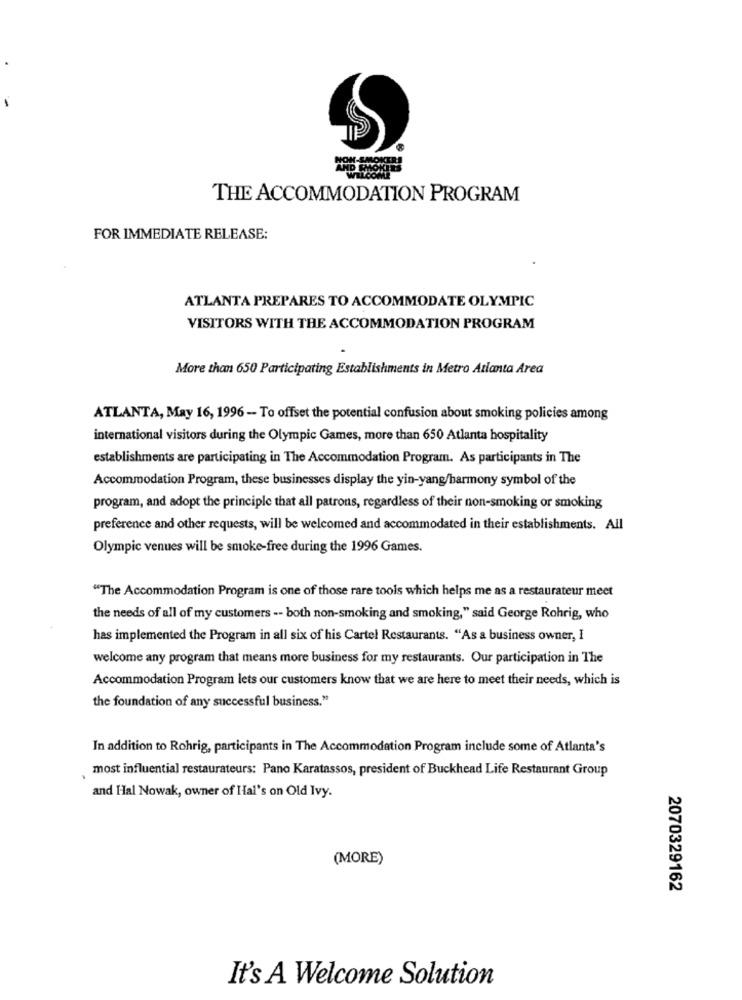
THE ACCOMMODATION PROGRAM
FOR IMMEDIATE RELEASE:
ATLANTA PREPARES TO ACCOMMODATE OLYMPIC
VISITORS WITH THE ACCOMMODATION PROGRAM
More than 650 Participating Establishments in Metro Atlanta Area
ATLANTA, May 16, 1996 - To offset the potential confusion about smoking policies among
international visitors during the Olympic Games, more than 650 Atlanta hospitality
establishments are participating in The Accommodation Program. As participants in The
Accommodation Program, these businesses display the yin-yang/harmony symbol of the
program, and adopt the principle that all patrons, regardless of their non-smoking or smoking
preference and other requests, will be welcomed and accommodated in their establishments. All
Olympic venues will be smoke-free during the 1996 Games.
"The Accommodation Program is one of those rare tools which helps me as a restaurateur meet
the needs of all of my customers -- both non-smoking and smoking," said George Rohrig, who
has implemented the Program in all six of his Cartel Restaurants. "As a business owner, I
welcome any program that means more business for my restaurants. Our participation in The
Accommodation Program lets our customers know that we are here to meet their needs, which is
the foundation of any successful business."
In addition to Rohrig, participants in The Accommodation Program include some of Atlanta's
. most influential restaurateurs: Pano Karatassos, president of Buckhead Life Restaurant Group
and Hal Nowak, owner of Hal's on Old Ivy.
(MORE)
2070329162
It's A Welcome Solution